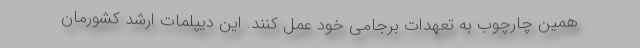
همین چارچوب به تعهدات برجامی خود عمل کنند. این دیپلمات ارشد کشورمان